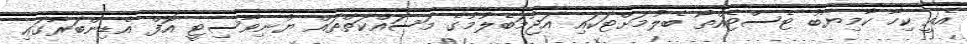
އެއީ ކިހާ ކާމިޔާބު ޓެސްޓެއްތޯ ބެލުމަށްޓަކައި އަޖުމަބެލުމުގެ މަސައްކަތްތައް ޔުނިވާސިޓީ އޮފް އެޑިންބަރާގައި